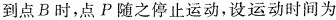
到点B时，点P随之停止运动，设运动时间为